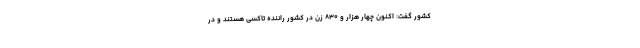
کشور گفت: اکنون چهار هزار و ۸۳۰ زن در کشور راننده تاکسی هستند و در